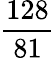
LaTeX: \frac{128}{81}